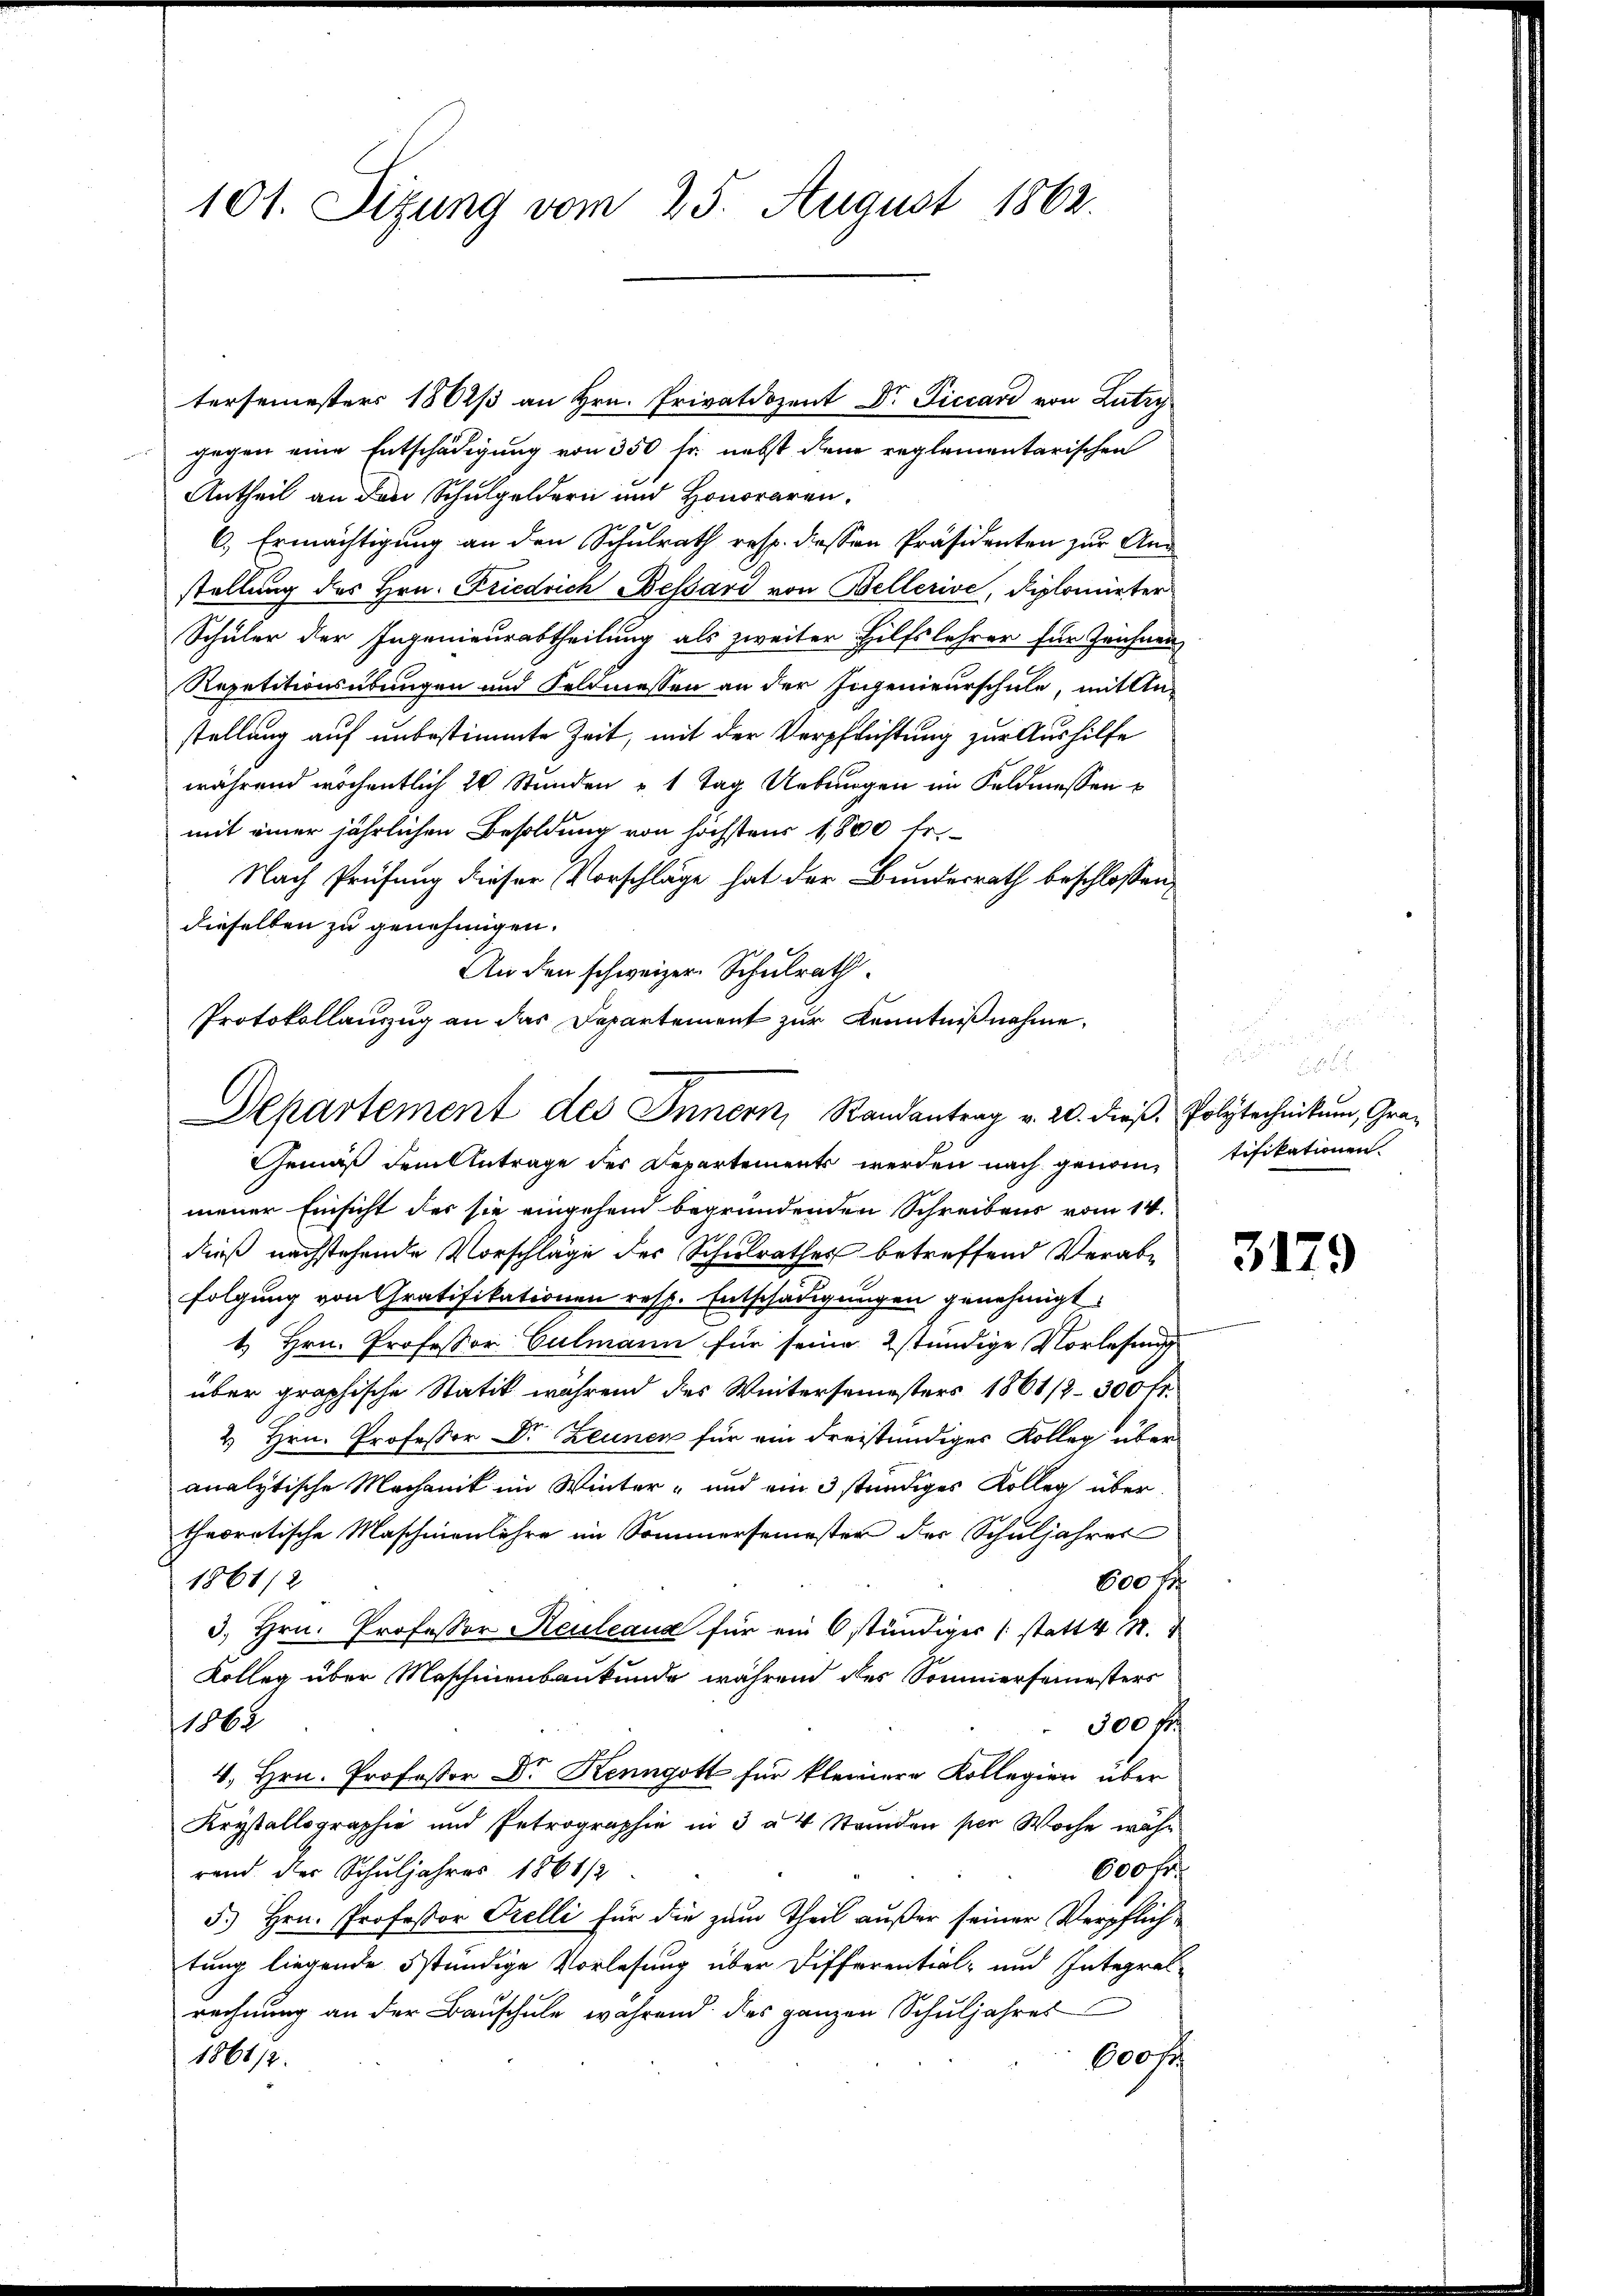
101. Sitzung vom 25. August 1862.

tersemesters 1802/3 an Hrn. Privatdozent Dr. Piccari von Lutry
gegen eine Entschädigung von 350 fr. nebst dene reglementarischen
Antheil an den Schulgeldern und Honoraren.
6., Ermächtigung an den Schulrath resp. dessen Präsidenten zur An
stellung des Hrn. Friedrich Bessard von Bellerive, Diplomirter
Schüler der Ingenieurabtheilung als zweiter Hilfslehrer für Zeichnen
Repetitionsübungen und Feldmessen an der Ingenieurschule, mit Anstellung auf unbestimmte Zeit, mit der Verpflichtung zur Aushilfe
während wöchentlich 20 Stunden u. 1 Tag Uebungen im Feldmessen
mit einer jährlichen Besoldung von höchstens 1,800 fr.
Nach Prüfung dieser Vorschläge hat der Bundesrath beschlossen,
dieselben zu genehmigen.
An den schweizer. Schulrath
Protokollauszug an das Departement zur Kenntnißnahme.

Departement des Innern, Randantrag v. 20. dieβ. Polytechnikum, Gra¬

Gemäß dem Antrage der Departements werden nach genommener Einsicht des sie eingehend begründenden Schreibens vom 14.
dieß nachstehende Vorschläge der Schulrathes betreffend Verabfolgung von Gratifikationen resp. Entschädigungen genehmigt.
1. Hrn. Professor Culmann für seine stündige Vorlesung
über graphische Statik während des Wintersemesters 1861/2–300 fr.
2 Hrn. Professor Dr Zeunen für ein dreiständiges Kolleg über
analytische Machanik im Winter- und ein 3 ständiges Kolleg übertheoretische Maschinenlehre im Sommersemester der Schuljahres
1861/2
600 fl
3. Hrn. Professor Reuleaus für ein 6 stündiger (statt 4 S.
Kolleg über Maschinenbaukunde während des Sommersemesters
1865
300 f
4. Hrn. Professor Dr Kenngott für kleinere Kollegien über
Krystallographie und Petrographie in 3 à 4 Standen per Woche währ
rend der Schuljahres 1861/2
600 fr.
5.) Hrn. Professor Prelli für die zum Theil außer seiner Verpflichtung liegende ständige Vorlesung über Differential- und Integrelrechnung an der Bauschule während des ganzen Schŭljahres
1861/2.
600 f

.
tifikationen.

3179